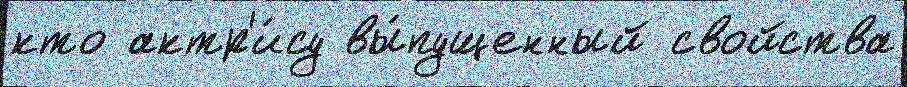
кто актр'и́су вы́пущенный свойства